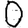
Digit: 0